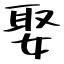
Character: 娶